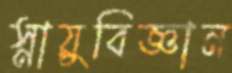
স্নায়ুবিজ্ঞান